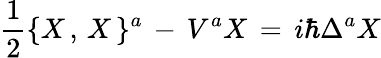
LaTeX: {\frac{1}{2}}\{ X\, ,\, X\, \} ^{a}\, -\, V^{a}X\, =\, i\hbar\Delta^{a}X